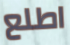
اطلع